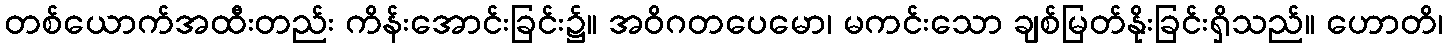
တစ်ယောက်အထီးတည်း ကိန်းအောင်းခြင်း၌။ အဝိဂတပေမော၊ မကင်းသော ချစ်မြတ်နိုးခြင်းရှိသည်။ ဟောတိ၊